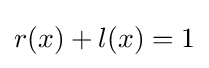
r(x)+l(x)=1